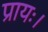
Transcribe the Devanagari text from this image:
प्रायः।